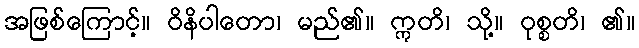
အဖြစ်ကြောင့်။ ဝိနိပါတော၊ မည်၏။ ဣတိ၊ သို့။ ဝုစ္စတိ၊ ၏။